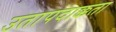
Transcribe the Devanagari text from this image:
उतापदाक्कता